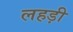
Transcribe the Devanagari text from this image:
लहड़ी